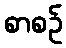
စာစဉ်